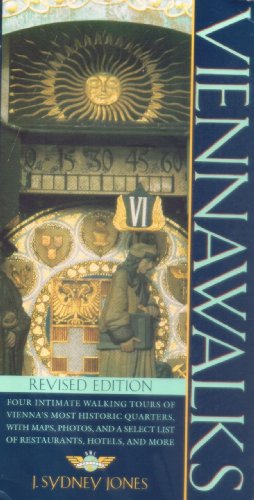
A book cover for Viennawalks (The Henry Holt Walks Series); J. Sydney Jones; Travel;